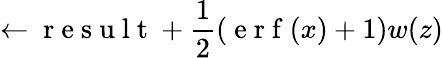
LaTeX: \leftarrow\mathrm{~r~e~s~u~l~t~}+\frac{1}{2}\left(\mathrm{~e~r~f~}(x)+1\right)w(z)